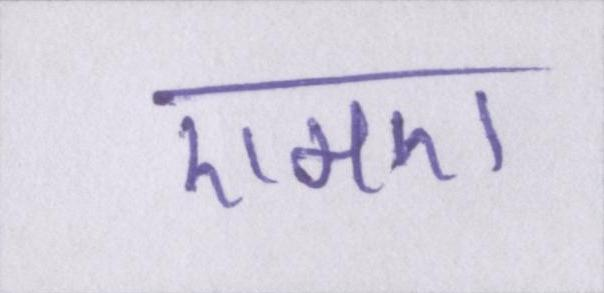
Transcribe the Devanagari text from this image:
एमए